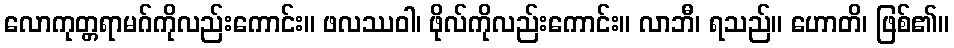
လောကုတ္တရာမဂ်ကိုလည်းကောင်း။ ဖလဿဝါ၊ ဖိုလ်ကိုလည်းကောင်း။ လာဘီ၊ ရသည်။ ဟောတိ၊ ဖြစ်၏။